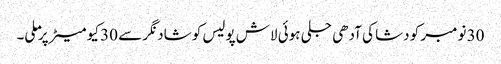
30 نومبر کو دشا کی آدھی جلی ہوئی لاش پولیس کو شاد نگر سے 30 کیو میٹر پر ملی۔